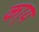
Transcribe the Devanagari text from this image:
का्य